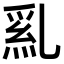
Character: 𠄂